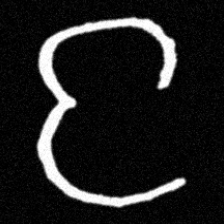
Pyu character \u2014 Myanmar letter: င (romanized: nga)